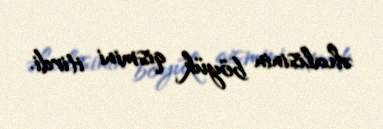
əhalisinin böyük qismini itirdi.